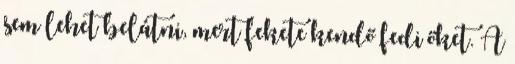
sem lehet belátni, mert fekete kendő fedi őket. A